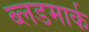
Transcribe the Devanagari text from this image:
ब्लडमार्क